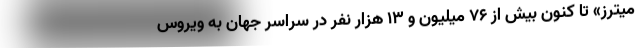
میترز» تا کنون بیش از ۷۶ میلیون و ۱۳ هزار نفر در سراسر جهان به ویروس